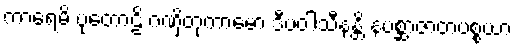
ကာရေမိ ပုတောဠိ ဂဏှိတုကာမော ဒီပဝါသီနန္တိ နပစ္ဆာဇာတပစ္စယာ